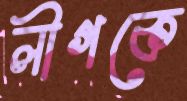
লীগকে